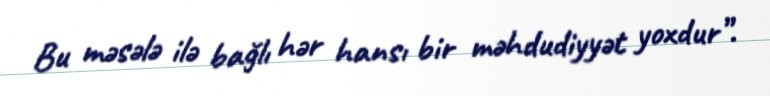
Bu məsələ ilə bağlı hər hansı bir məhdudiyyət yoxdur”.